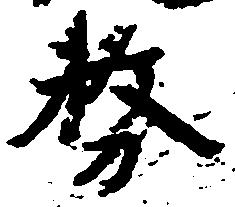
務